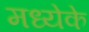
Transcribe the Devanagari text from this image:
मध्येके